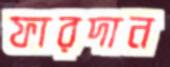
ফারদান